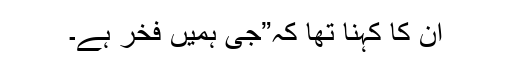
ان کا کہنا تھا کہ”جی ہمیں فخر ہے۔